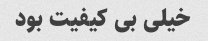
خیلی بی کیفیت بود